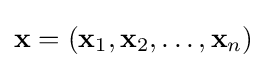
\mathbf {x} =(\mathbf {x} _{1},\mathbf {x} _{2},\ldots ,\mathbf {x} _{n})